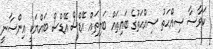
ކަވާސާ ޞިއްޙަތު ޞިއްޙަތުގެ ބައިތައް ބަލިތައް އޭޑްސް އޭޑްސް ބައްޔަކީ އިންސާނީ